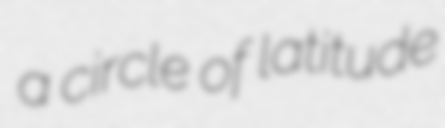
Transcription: a circle of latitude